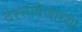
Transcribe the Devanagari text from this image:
दस्तावेजांच्या